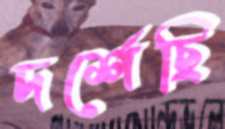
দর্শেছি